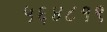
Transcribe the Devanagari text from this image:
५६४८१९